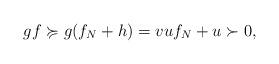
LaTeX: \begin{align*}gf \succcurlyeq g(f_N+h) = vuf_N + u \succ 0,\end{align*}